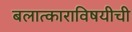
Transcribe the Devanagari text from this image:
बलात्काराविषयीची